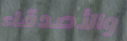
والأصدقاء